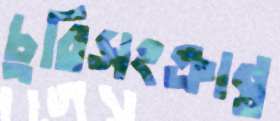
চুরিসংক্রান্ত